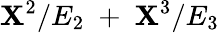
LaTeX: \mathbf{X}^{2}/E_{2}\; +\; \mathbf{X}^{3}/E_{3}